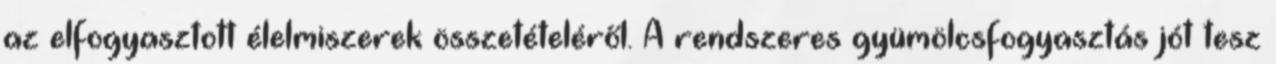
az elfogyasztott élelmiszerek összetételéről. A rendszeres gyümölcsfogyasztás jót tesz